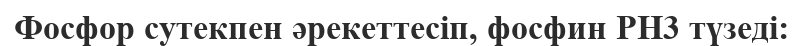
Фосфор сутекпен әрекеттесіп, фосфин РН3 түзеді: